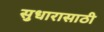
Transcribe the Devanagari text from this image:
सुधारासाठी